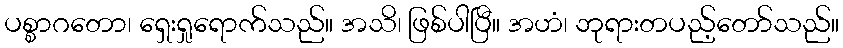
ပစ္စာဂတော၊ ရှေးရှုရောက်သည်။ အသိ၊ ဖြစ်ပါပြီ။ အဟံ၊ ဘုရားတပည့်တော်သည်။